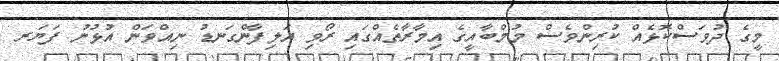
މީގެ ދުވަސްކޮޅެއް ކުރިންވެސް މުމްބާއީގެ އިމާރާތެއްގައި ރޯވި އަލިފާންގަނޑު ނިއްވަން އުޅުނު ފަޔަރ